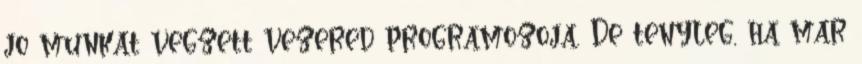
jo munkat vegzett vezered programozoja. De tenyleg, ha mar